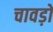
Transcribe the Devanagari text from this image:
चावड़ों